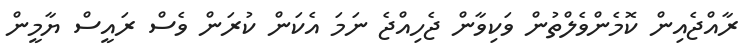
ރާއްޖެއިން ކޮމެންވެލްތުން ވަކިވާން ޖެހިއްޖެ ނަމަ އެކަން ކުރަން ވެސް ރައީސް ޔާމީން